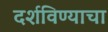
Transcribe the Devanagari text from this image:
दर्शविण्याचा